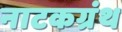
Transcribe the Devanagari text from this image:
नाटकग्रंथ